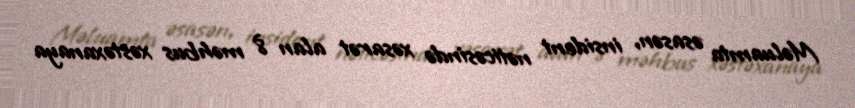
Məluamta əsasən, insident nəticəsində xəsarət alan 8 məhbus xəstəxanaya